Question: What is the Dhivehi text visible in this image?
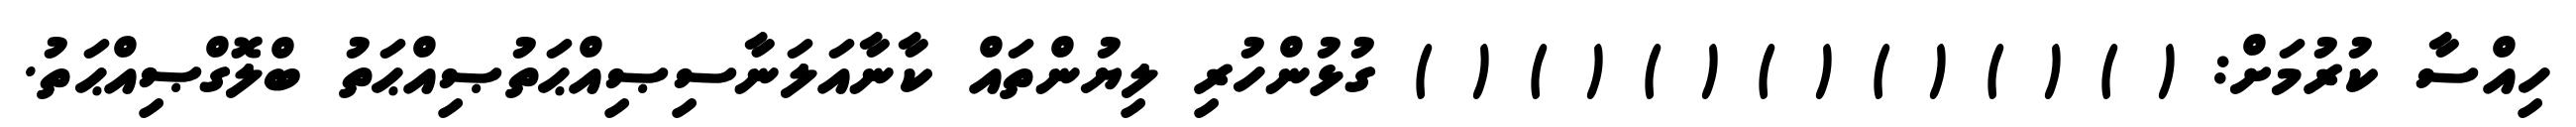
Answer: ހިއްސާ ކުރުމަށް: ( ) ( ) ( ) ( ) ( ) ( ) ( ) ގުޅުންހުރި ލިޔުންތައް ކާނާއަލަނާސިޞިއްޙަތުޞިއްޙަތު ބްލޮގްޞިއްޙަތު.